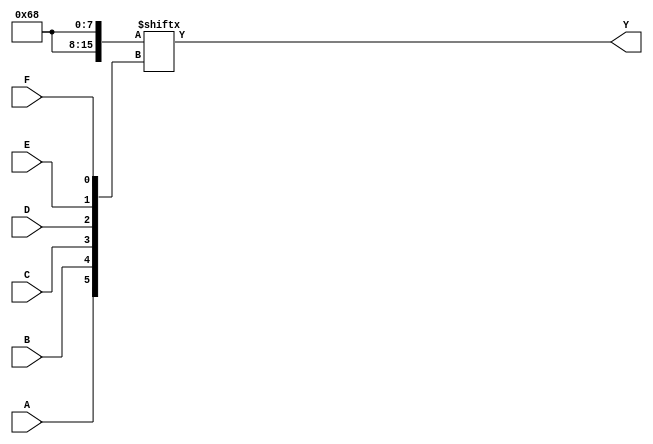
module KMap6 (
    input wire A,
    input wire B,
    input wire C,
    input wire D,
    input wire E,
    input wire F,
    output wire Y
);

    // 6-variable truth table (64 entries)
    // Lets assume this is a defined K-map for simplification:
    // Please modify this according to your logic requirements.
    wire [63:0] truth_table;
    
    assign truth_table[0]  = 1'b0;  // A'B'C'D'E'F'  -> 000000
    assign truth_table[1]  = 1'b0;  // A'B'C'D'E'F   -> 000001
    assign truth_table[2]  = 1'b0;  // A'B'C'D'E F   -> 000010
    assign truth_table[3]  = 1'b1;  // A'B'C'D E'F   -> 000011
    assign truth_table[4]  = 1'b0;  // A'B'C D'E'F'  -> 000100
    assign truth_table[5]  = 1'b1;  // A'B'C D'E'F   -> 000101
    assign truth_table[6]  = 1'b1;  // A'B'C D E'F   -> 000110
    assign truth_table[7]  = 1'b0;  // A'B'C D E F   -> 000111
    // ...continue filling out the truth table...

    // Use the inputs to select the appropriate truth table value
    // The address to the truth table is given by the binary representation of the inputs
    assign Y = truth_table[{A, B, C, D, E, F}];

endmodule